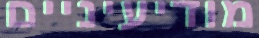
מודיעיניים